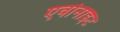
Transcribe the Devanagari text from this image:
एवोनाइट